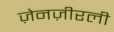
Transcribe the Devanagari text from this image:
ज़ेनज़ीरली